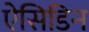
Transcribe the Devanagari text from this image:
ऐसिडिन